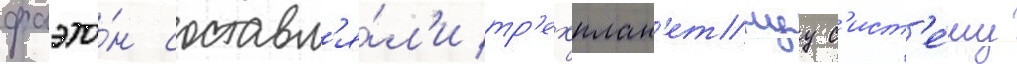
фаэто́н составл'я́л'и тр'ехплан'етнуу с'ист'е́му